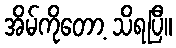
အိမ်ကိုတော့ သိရပြီ။